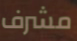
مشرف